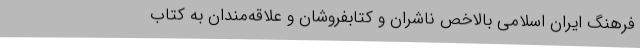
فرهنگ ایران اسلامی بالاخص ناشران و کتابفروشان و علاقه‌مندان به کتاب